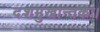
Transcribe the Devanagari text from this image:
दशमुखान्तकः।